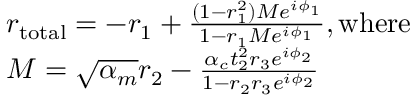
\begin{array} { r l } & { r _ { \mathrm { t o t a l } } = - r _ { 1 } + \frac { ( 1 - r _ { 1 } ^ { 2 } ) M e ^ { i \phi _ { 1 } } } { 1 - r _ { 1 } M e ^ { i \phi _ { 1 } } } \mathrm { , w h e r e } } \\ & { M = \sqrt { \alpha _ { m } } r _ { 2 } - \frac { \alpha _ { c } t _ { 2 } ^ { 2 } r _ { 3 } e ^ { i \phi _ { 2 } } } { 1 - r _ { 2 } r _ { 3 } e ^ { i \phi _ { 2 } } } } \end{array}